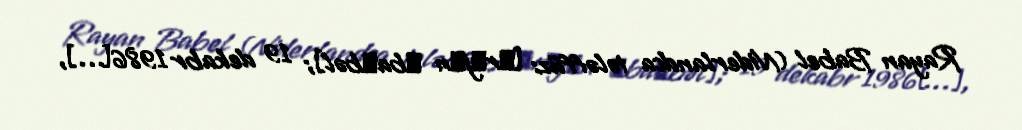
Rayan Babel (Niderlandca tələffüz: [ˈrɑjɐn ˈbaːbəl]; 19 dekabr 1986[…],